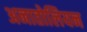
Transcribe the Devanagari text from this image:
अनातोलियन